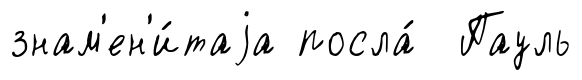
знам'ен'и́таjа посла́ Пауль